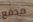
مدفع